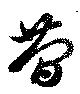
簡